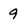
Character: 9